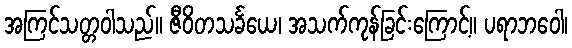
အကြင်သတ္တဝါသည်။ ဇီဝိတသင်္ခယေ၊ အသက်ကုန်ခြင်းကြောင့်။ ပရာဘဝေါ၊